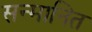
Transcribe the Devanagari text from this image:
सन्‍मानित